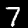
Digit: 7